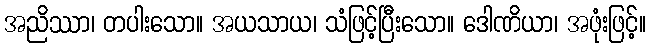
အညိဿာ၊ တပါးသော။ အယသာယ၊ သံဖြင့်ပြီးသော။ ဒေါဏိယာ၊ အဖုံးဖြင့်။